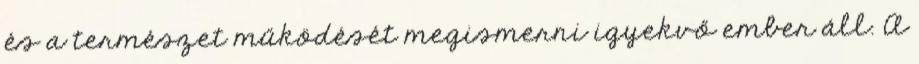
és a természet működését megismerni igyekvő ember áll. A